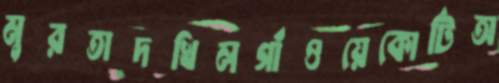
মুরতাদখিলগাঁওয়েকোর্টিঅ